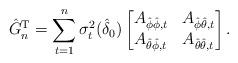
LaTeX: \begin{align*}\hat{G}_n^\mathrm{T} = \sum_{t=1}^{n}\sigma^2_t(\hat{\delta}_{0})\begin{bmatrix}A_{\hat{\phi}\hat{\phi},t} & A_{\hat{\phi}\hat{\theta},t}\\A_{\hat{\theta}\hat{\phi},t} & A_{\hat{\theta}\hat{\theta},t}\end{bmatrix}.\end{align*}